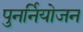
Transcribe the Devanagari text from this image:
पुनर्नियोजन